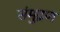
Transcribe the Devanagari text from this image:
संमुद्रण